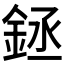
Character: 𰼬